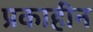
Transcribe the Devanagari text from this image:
प्रकाहीन